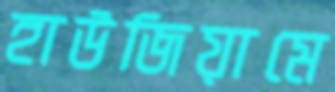
হাউজিয়ামে